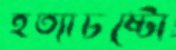
হত্যাচষ্টো